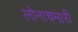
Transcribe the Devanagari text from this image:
लोनाचमारी